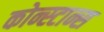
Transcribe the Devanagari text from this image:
कोन्स्टान्स